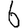
Digit: 6